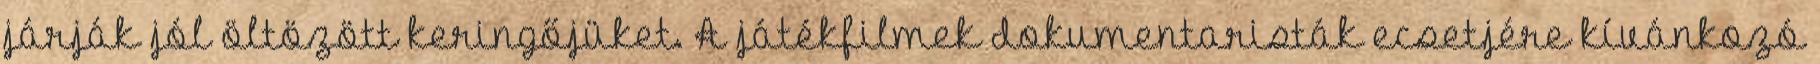
járják jól öltözött keringőjüket. A játékfilmek dokumentaristák ecsetjére kívánkozó